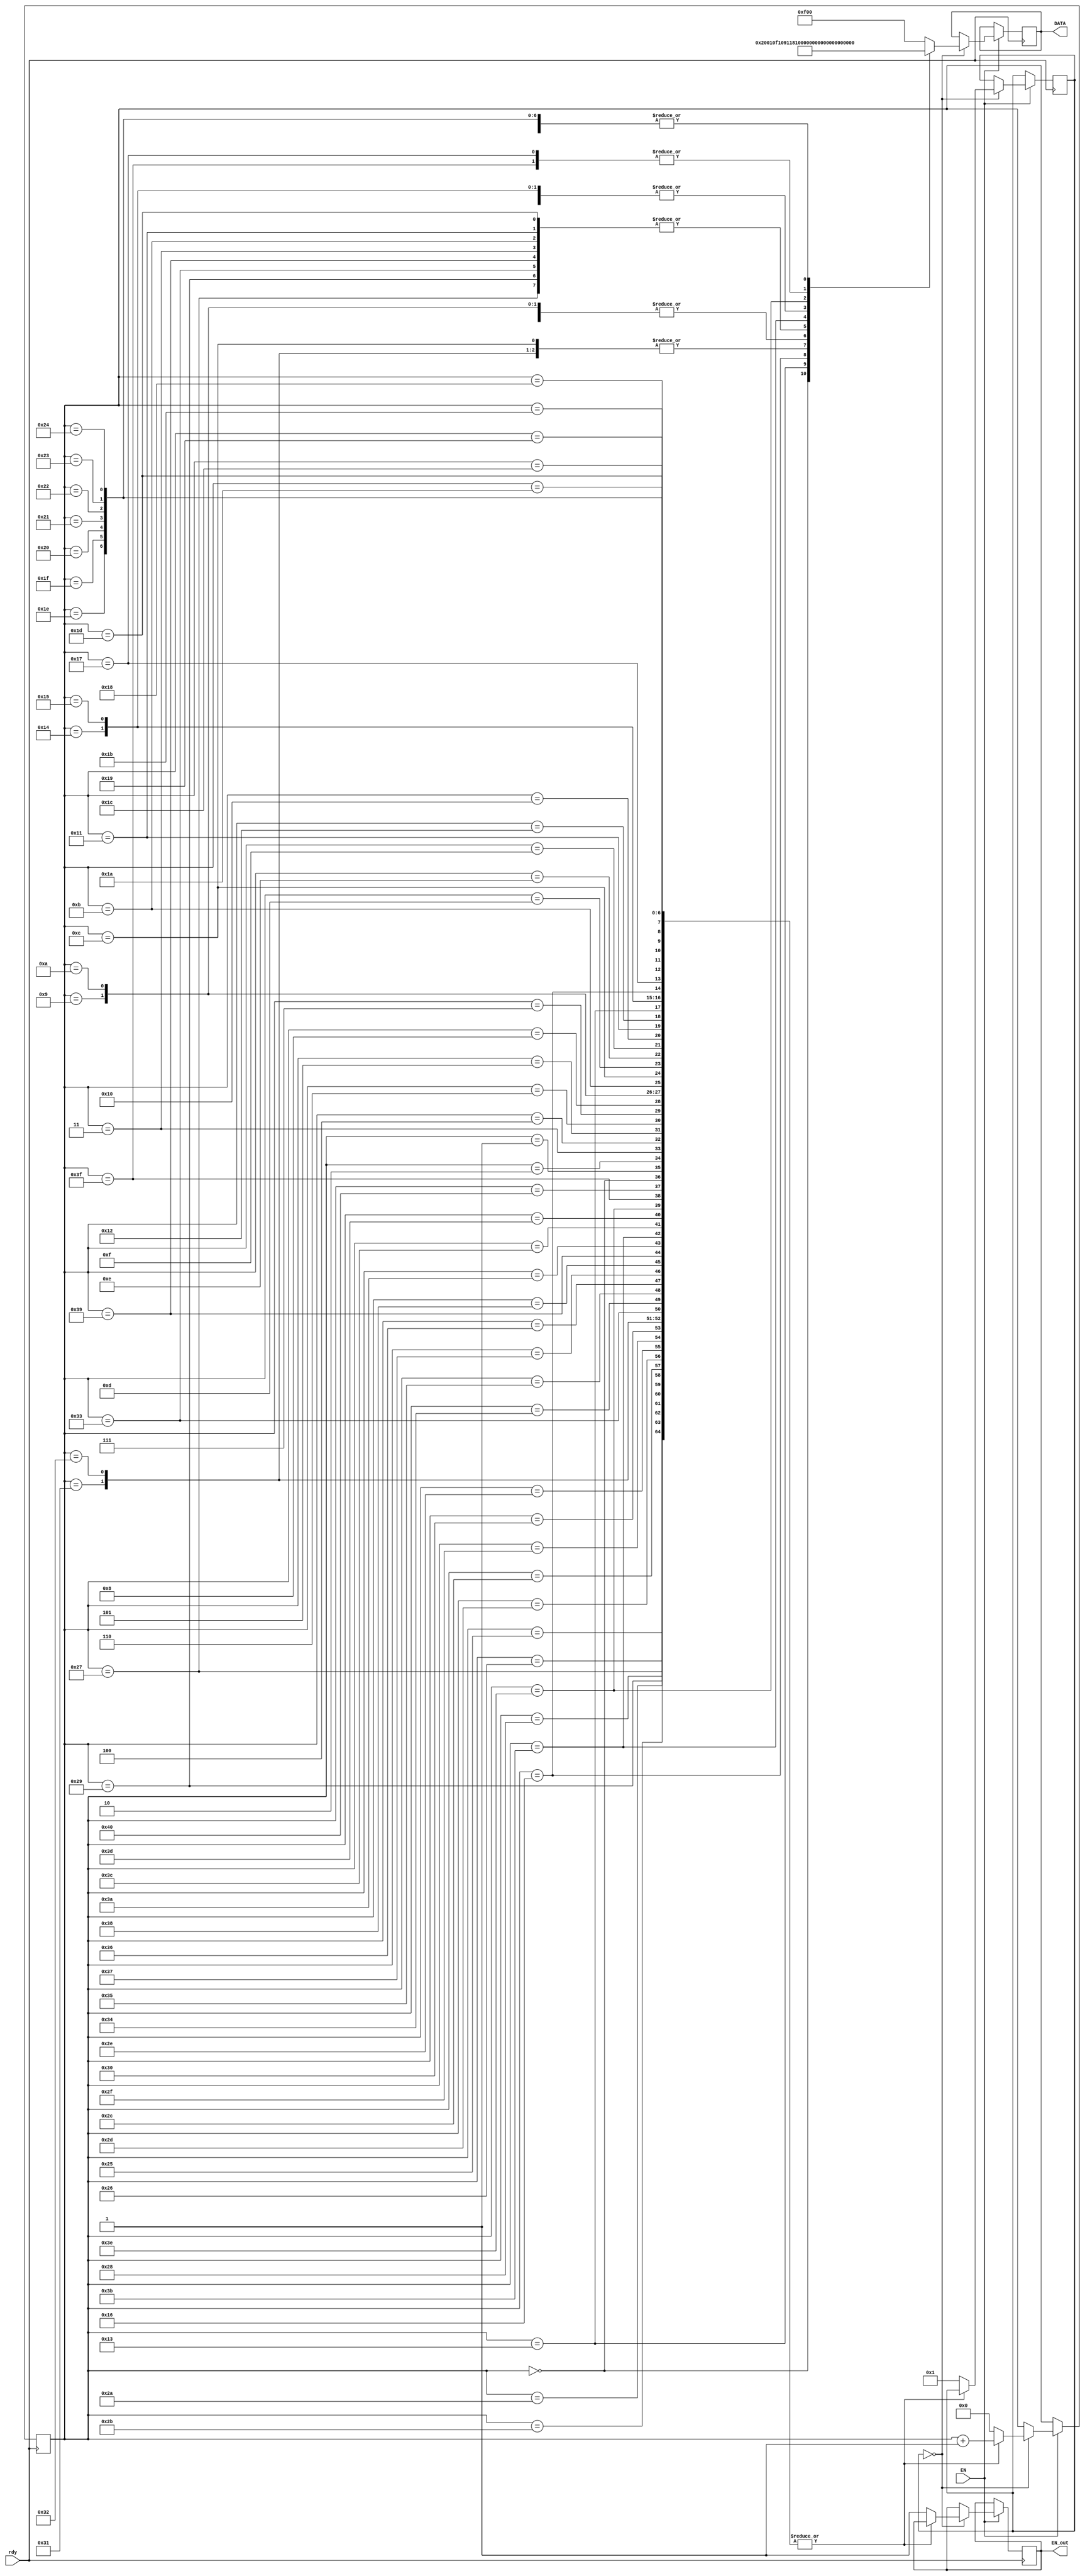
module CGRAM_generator( 
	output reg [11:0] DATA, 
	output reg EN_out,
	input EN, 
	input rdy
);
	
	parameter [7:0]
		khoang_trang = 8'b00100000;		
		
	parameter [3:0] 
		clear = 4'b0000,
		write = 4'b0001,
		setcg = 4'b0010,
		setad = 4'b0011,
		wait1 = 4'b1111,
		wait2 = 4'b0100;
		
/////////////////////////////////SET_CHAR///////////////////////////////////////////////////		
	parameter [7:0]
		char_0_0 = 8'b000_00000,
		char_0_1 = 8'b000_00000,
		char_0_2 = 8'b000_00100,
		char_0_3 = 8'b000_00000,
		char_0_4 = 8'b000_00000,
		char_0_5 = 8'b000_00000,
		char_0_6 = 8'b000_00000,
		char_0_7 = 8'b000_00000;
		
	parameter [7:0]
		char_1_0 = 8'b000_00011,
		char_1_1 = 8'b000_00011,
		char_1_2 = 8'b000_00100,
		char_1_3 = 8'b000_11000,
		char_1_4 = 8'b000_00000,
		char_1_5 = 8'b000_00000,
		char_1_6 = 8'b000_00000,
		char_1_7 = 8'b000_00000;
		
	parameter [7:0]
		char_2_0 = 8'b000_00100,
		char_2_1 = 8'b000_00000,
		char_2_2 = 8'b000_01111,
		char_2_3 = 8'b000_01110,
		char_2_4 = 8'b000_01110,
		char_2_5 = 8'b000_01001,
		char_2_6 = 8'b000_10001,
		char_2_7 = 8'b000_00000;
		
	parameter [7:0]
		char_3_0 = 8'b000_00000,
		char_3_1 = 8'b000_00000,
		char_3_2 = 8'b000_00000,
		char_3_3 = 8'b000_00000,
		char_3_4 = 8'b000_00100,
		char_3_5 = 8'b000_00000,
		char_3_6 = 8'b000_00000,
		char_3_7 = 8'b000_00000;
		
	parameter [7:0]
		char_4_0 = 8'b000_00000,
		char_4_1 = 8'b000_00000,
		char_4_2 = 8'b000_00000,
		char_4_3 = 8'b000_00000,
		char_4_4 = 8'b000_00000,
		char_4_5 = 8'b000_00000,
		char_4_6 = 8'b000_00100,
		char_4_7 = 8'b000_00000;
		
		
	parameter [7:0]
		char_5_0 = 8'b000_00100,
		char_5_1 = 8'b000_00000,
		char_5_2 = 8'b000_00000,
		char_5_3 = 8'b000_00000,
		char_5_4 = 8'b000_00000,
		char_5_5 = 8'b000_00000,
		char_5_6 = 8'b000_00000,
		char_5_7 = 8'b000_00000;
		
	parameter [7:0]
		char_6_0 = 8'b000_11000,
		char_6_1 = 8'b000_11000,
		char_6_2 = 8'b000_00100,
		char_6_3 = 8'b000_00011,
		char_6_4 = 8'b000_00000,
		char_6_5 = 8'b000_00000,
		char_6_6 = 8'b000_00000,
		char_6_7 = 8'b000_00000;
		
	parameter [7:0]
		char_7_0 = 8'b000_00100,
		char_7_1 = 8'b000_00000,
		char_7_2 = 8'b000_11110,
		char_7_3 = 8'b000_01110,
		char_7_4 = 8'b000_01110,
		char_7_5 = 8'b000_10010,
		char_7_6 = 8'b000_10001,
		char_7_7 = 8'b000_00000;
/////////////////////////////////////////////////////////////////////////////////////////////////
	reg [3:0]state;
	reg [7:0]substate;
	
	initial EN_out = 1'b0;

	always@(posedge rdy) begin
		if(EN) begin
		case(state)
		0: begin
			case (substate)
			0:		begin substate <= substate + 1 ;DATA 	<= {setcg, 8'd00};		end
			1: 	begin substate <= substate + 1 ;DATA 	<= {write, char_0_0};	end
			2: 	begin substate <= substate + 1 ;DATA 	<= {write, char_0_1};	end
			3: 	begin substate <= substate + 1 ;DATA 	<= {write, char_0_2};	end
			4: 	begin substate <= substate + 1 ;DATA 	<= {write, char_0_3};	end
			5: 	begin substate <= substate + 1 ;DATA 	<= {write, char_0_4};	end
			6: 	begin substate <= substate + 1 ;DATA 	<= {write, char_0_5};	end
			7: 	begin substate <= substate + 1 ;DATA 	<= {write, char_0_6};	end
			8: 	begin substate <= substate + 1 ;DATA 	<= {write, char_0_7};	end
			9: 	begin substate <= substate + 1 ;DATA 	<= {write, char_1_0};	end
			10: 	begin substate <= substate + 1 ;DATA 	<= {write, char_1_1};	end
			11: 	begin substate <= substate + 1 ;DATA 	<= {write, char_1_2};	end
			12: 	begin substate <= substate + 1 ;DATA 	<= {write, char_1_3};	end
			13: 	begin substate <= substate + 1 ;DATA 	<= {write, char_1_4};	end
			14: 	begin substate <= substate + 1 ;DATA 	<= {write, char_1_5};	end
			15: 	begin substate <= substate + 1 ;DATA 	<= {write, char_1_6};	end
			16: 	begin substate <= substate + 1 ;DATA 	<= {write, char_1_7};	end
			17: 	begin substate <= substate + 1 ;DATA 	<= {write, char_2_0};	end
			18: 	begin substate <= substate + 1 ;DATA 	<= {write, char_2_1};	end
			19: 	begin substate <= substate + 1 ;DATA 	<= {write, char_2_2};	end
			20: 	begin substate <= substate + 1 ;DATA 	<= {write, char_2_3};	end
			21: 	begin substate <= substate + 1 ;DATA 	<= {write, char_2_4};	end
			22	:	begin substate <= substate + 1 ;DATA 	<= {write, char_2_5};	end
			23	:	begin substate <= substate + 1 ;DATA 	<= {write, char_2_6};	end
			24	:	begin substate <= substate + 1 ;DATA 	<= {write, char_2_7};	end
			25	:	begin substate <= substate + 1 ;DATA 	<= {write, char_3_0};	end
			26 :	begin substate <= substate + 1 ;DATA 	<= {write, char_3_1};	end
			27 :	begin substate <= substate + 1 ;DATA 	<= {write, char_3_2};	end
			28	:	begin substate <= substate + 1 ;DATA 	<= {write, char_3_3};	end
			29	:	begin substate <= substate + 1 ;DATA 	<= {write, char_3_4};	end
			30	:	begin substate <= substate + 1 ;DATA 	<= {write, char_3_5};	end
			31	:	begin substate <= substate + 1 ;DATA 	<= {write, char_3_6};	end
			32	: 	begin substate <= substate + 1 ;DATA 	<= {write, char_3_7};	end
			33	:	begin substate <= substate + 1 ;DATA  	<= {write, char_4_0};	end
			34	:	begin substate <= substate + 1 ;DATA  	<= {write, char_4_1};	end
			35	:	begin substate <= substate + 1 ;DATA  	<= {write, char_4_2};	end
			36	:	begin substate <= substate + 1 ;DATA  	<= {write, char_4_3};	end
			37	:	begin substate <= substate + 1 ;DATA  	<= {write, char_4_4};	end
			38	:	begin substate <= substate + 1 ;DATA  	<= {write, char_4_5};	end
			39	:	begin substate <= substate + 1 ;DATA  	<= {write, char_4_6};	end
			40	:	begin substate <= substate + 1 ;DATA  	<= {write, char_4_7};	end
			41	:	begin substate <= substate + 1 ;DATA  	<= {write, char_5_0};	end
			42	:	begin substate <= substate + 1 ;DATA  	<= {write, char_5_1};	end
			43	:	begin substate <= substate + 1 ;DATA  	<= {write, char_5_2};	end
			44	:	begin substate <= substate + 1 ;DATA  	<= {write, char_5_3};	end
			45	:	begin substate <= substate + 1 ;DATA  	<= {write, char_5_4};	end
			46	:	begin substate <= substate + 1 ;DATA  	<= {write, char_5_5};	end
			47	:	begin substate <= substate + 1 ;DATA  	<= {write, char_5_6};	end
			48	:	begin substate <= substate + 1 ;DATA  	<= {write, char_5_7};	end
			49	:	begin substate <= substate + 1 ;DATA  	<= {write, char_6_0};	end
			50	:	begin substate <= substate + 1 ;DATA  	<= {write, char_6_1};	end
			51	:	begin substate <= substate + 1 ;DATA  	<= {write, char_6_2};	end
			52	:	begin substate <= substate + 1 ;DATA  	<= {write, char_6_3};	end
			53	:	begin substate <= substate + 1 ;DATA  	<= {write, char_6_4};	end
			54	:	begin substate <= substate + 1 ;DATA  	<= {write, char_6_5};	end
			55	:	begin substate <= substate + 1 ;DATA  	<= {write, char_6_6};	end
			56	:	begin substate <= substate + 1 ;DATA  	<= {write, char_6_7};	end
			57	:	begin substate <= substate + 1 ;DATA  	<= {write, char_7_0};	end
			58	:	begin substate <= substate + 1 ;DATA  	<= {write, char_7_1};	end
			59	:	begin substate <= substate + 1 ;DATA  	<= {write, char_7_2};	end
			60	:	begin substate <= substate + 1 ;DATA  	<= {write, char_7_3};	end
			61	:	begin substate <= substate + 1 ;DATA  	<= {write, char_7_4};	end
			62	:	begin substate <= substate + 1 ;DATA  	<= {write, char_7_5};	end
			63	:	begin substate <= substate + 1 ;DATA  	<= {write, char_7_6};	end
			64	:	begin substate <= substate + 1 ;DATA  	<= {write, char_7_7};	end
			default : begin substate = 6'b0; state <= 1; DATA = {wait1,8'd00}; EN_out <= 1'b1; end
			endcase
		end
					
		default: DATA 	<= DATA;
		endcase
		end
	end
	
endmodule